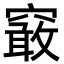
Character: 䆻